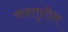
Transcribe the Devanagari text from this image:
वास्तूतील